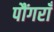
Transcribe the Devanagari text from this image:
पौंगराँ